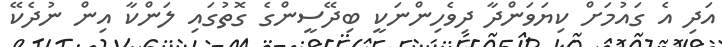
އަދި އެ ގައުމަށް ކިޔަވަންދާ ދިވެހިންނަކީ ބިދޭސީންގެ ގޮތުގައި ލަންކާ އިން ނުދެކޭ